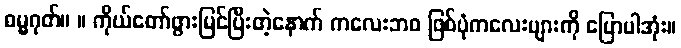
ဓမ္မဂုတ်။ ။ ကိုယ်တော်ဖွားမြင်ပြီးတဲ့နောက် ကလေးဘဝ ဖြစ်ပုံကလေးများကို ပြောပါအုံး။